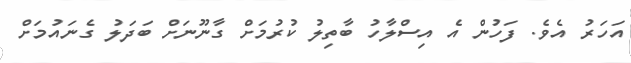
އަހަރު އެވެ. ފަހުން އެ އިސްލާހު ބާތިލު ކުރުމަށް ގާނޫނަށް ބަދަލު ގެނައުމަށް